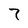
Character: 7